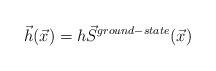
LaTeX: \begin{align*}\vec{h}(\vec{x}) = h \vec{S}^{ground-state}(\vec{x})\end{align*}